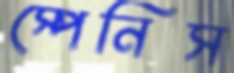
স্পেনিস